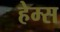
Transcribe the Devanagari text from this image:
हेम्‍स